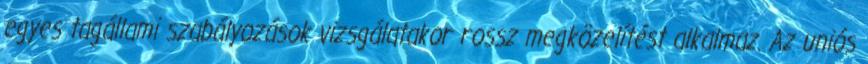
egyes tagállami szabályozások vizsgálatakor rossz megközelítést alkalmaz. Az uniós